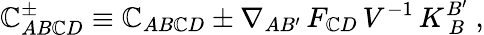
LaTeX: \mathbb{C}_{AB\mathbb{C}D}^{\pm}\equiv\mathbb{C}_{AB\mathbb{C}D}\pm\nabla_{AB^{\prime}}\, F_{\mathbb{C}D}\, V^{-1}\, K_{\ B}^{B^{\prime}}\ ,